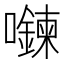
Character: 𡄮